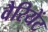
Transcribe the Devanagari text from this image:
वैरियेंट